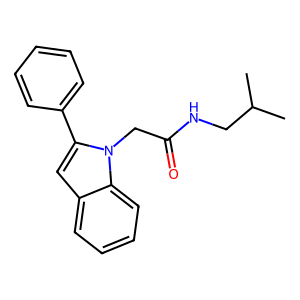
SMILES: CC(C)CNC(=O)Cn1c(-c2ccccc2)cc2ccccc21
Inhibits HIV replication: No